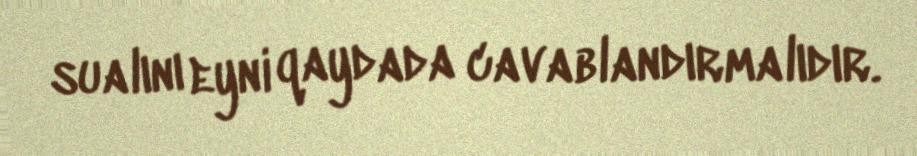
sualını eyni qaydada cavablandırmalıdır.